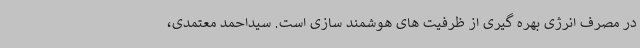
در مصرف انرژی بهره گیری از ظرفیت های هوشمند سازی است. سیداحمد معتمدی،